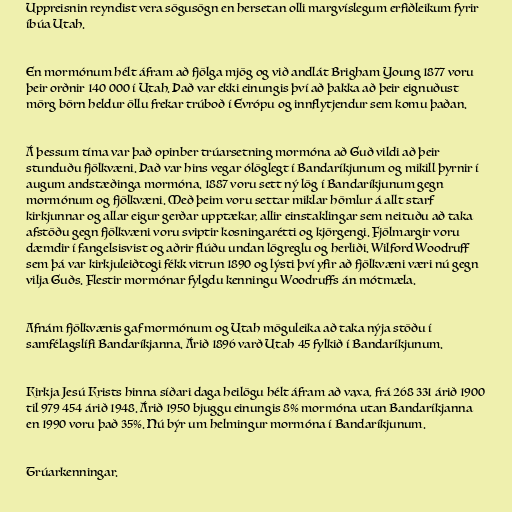
Uppreisnin reyndist vera sögusögn en hersetan olli margvíslegum erfiðleikum fyrir
íbúa Utah.

En mormónum hélt áfram að fjölga mjög og við andlát Brigham Young 1877 voru
þeir orðnir 140 000 í Utah. Það var ekki einungis því að þakka að þeir eignuðust
mörg börn heldur öllu frekar trúboð í Evrópu og innflytjendur sem komu þaðan.

Á þessum tíma var það opinber trúarsetning mormóna að Guð vildi að þeir
stunduðu fjölkvæni. Það var hins vegar ólöglegt í Bandaríkjunum og mikill þyrnir í
augum andstæðinga mormóna. 1887 voru sett ný lög í Bandaríkjunum gegn
mormónum og fjölkvæni. Með þeim voru settar miklar hömlur á allt starf
kirkjunnar og allar eigur gerðar upptækar, allir einstaklingar sem neituðu að taka
afstöðu gegn fjölkvæni voru sviptir kosningarétti og kjörgengi. Fjölmargir voru
dæmdir í fangelsisvist og aðrir flúðu undan lögreglu og herliði. Wilford Woodruff
sem þá var kirkjuleiðtogi fékk vitrun 1890 og lýsti því yfir að fjölkvæni væri nú gegn
vilja Guðs. Flestir mormónar fylgdu kenningu Woodruffs án mótmæla.

Afnám fjölkvænis gaf mormónum og Utah möguleika að taka nýja stöðu í
samfélagslífi Bandaríkjanna. Árið 1896 varð Utah 45 fylkið í Bandaríkjunum.

Kirkja Jesú Krists hinna síðari daga heilögu hélt áfram að vaxa, frá 268 331 árið 1900
til 979 454 árið 1948. Árið 1950 bjuggu einungis 8% mormóna utan Bandaríkjanna
en 1990 voru það 35%. Nú býr um helmingur mormóna í Bandaríkjunum.

Trúarkenningar.